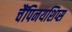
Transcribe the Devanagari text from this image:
चैंपिनयशिप्स